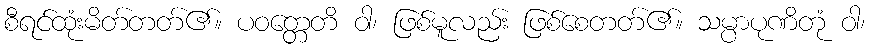
စီရင်ထုံးမိတ်တတ်၏။ ပဝတ္တေတိ ဝါ၊ ဖြစ်မူလည်း ဖြစ်စေတတ်၏။ သမ္ပာပုဏိတုံ ဝါ၊